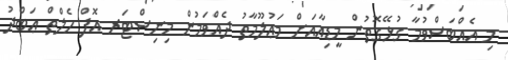
މި އެއްބަސްވުމާ ގުޅޭގޮތުން މީޑިއާއަށް މަޢުލޫމާތު ދެއްވަމުން މިނިސްޓަރ އޮފް ހެލްތް ޢަބްދު